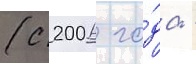
(с 2006 го́да -